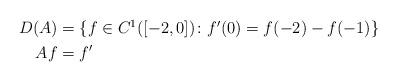
LaTeX: \begin{align*} \begin{aligned} D(A) & = \{f \in C^1([-2,0])\colon f'(0) = f(-2) - f(-1)\} \\ Af & = f' \end{aligned}\end{align*}